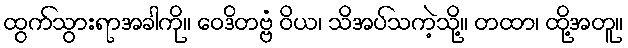
ထွက်သွားရာအခါကို။ ဝေဒိတဗ္ဗံ ဝိယ၊ သိအပ်သကဲ့သို့။ တထာ၊ ထို့အတူ။